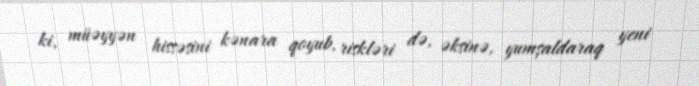
ki, müəyyən hissəsini kənara qoyub, riskləri də, əksinə, yumşaldaraq yeni